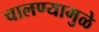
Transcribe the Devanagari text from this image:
चालण्यामुळे